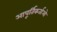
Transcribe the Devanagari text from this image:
आपूर्तिकर्ताओ